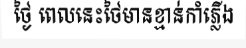
ថ្ងៃ ពេលនេះថៃមានខ្មាន់កាំភ្លើង